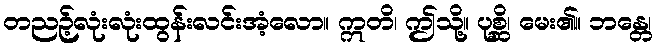
တညဉ့်လုံးလုံးထွန်းလင်းအံ့လော။ ဣတိ၊ ဤသို့။ ပုစ္ဆိ၊ မေး၏။ ဘန္တေ၊